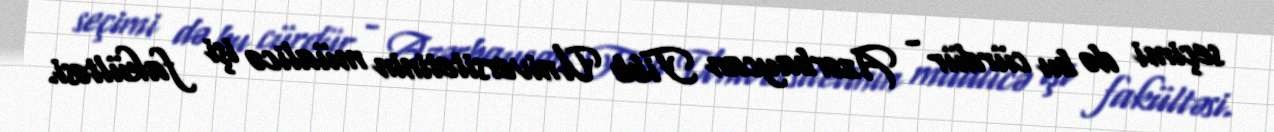
seçimi də bu cürdür - Azərbaycan Tibb Universitetinin müalicə işi fakültəsi.